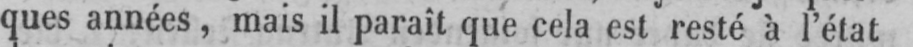
ques années, mais il paraît que cela est resté à l’état